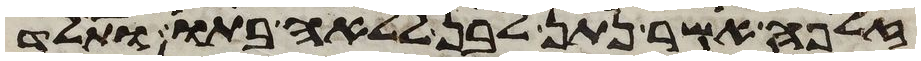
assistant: זלפה אשר נתן לבן ללאה בתו ותלד